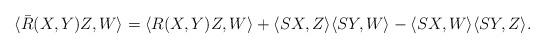
LaTeX: \begin{align*}\langle\bar{R}(X,Y)Z,W\rangle=\langle{R}(X,Y)Z,W\rangle +\langle SX,Z\rangle\langle SY,W\rangle-\langle SX,W\rangle\langle SY,Z\rangle.\end{align*}